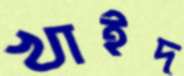
খাইদ